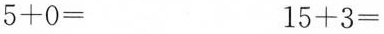
$$5 + 0 =$$$$1 5 + 3 =$$